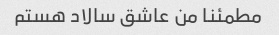
مطمئنا من عاشق سالاد هستم